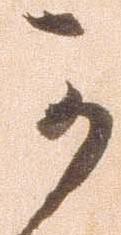
可